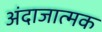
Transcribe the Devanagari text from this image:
अंदाजात्मक